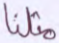
مثلنا